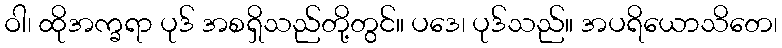
ဝါ၊ ထိုအက္ခရာ ပုဒ် အစရှိသည်တို့တွင်။ ပဒေ၊ ပုဒ်သည်။ အပရိယောသိတေ၊